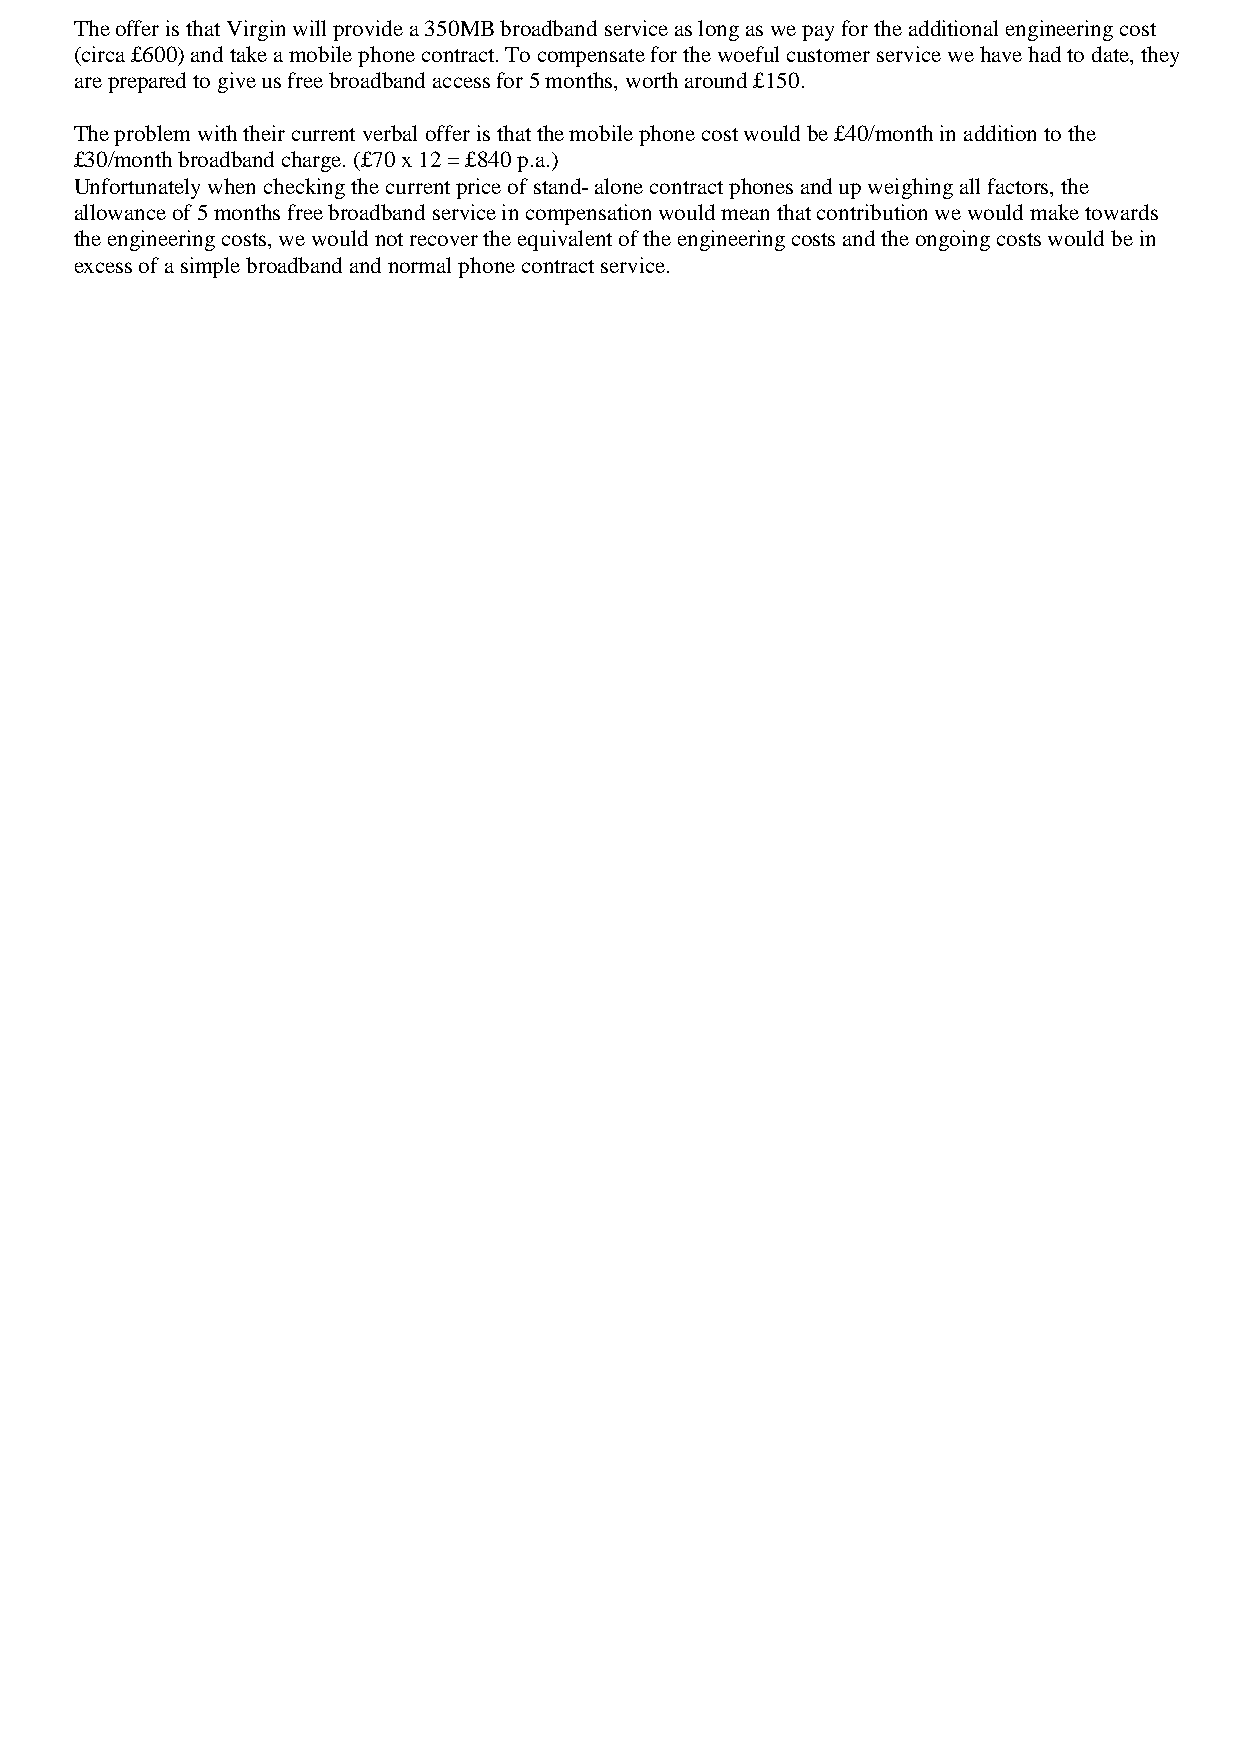
The offer is that Virgin will provide a 350MB broadband service as long as we pay for the additional engineering cost
 (circa £600) and take a mobile phone contract. To compensate for the woeful customer service we have had to date, they
 are prepared to give us free broadband access for 5 months, worth around £150.
 The problem with their current verbal offer is that the mobile phone cost would be £40/month in addition to the
 £30/month broadband charge. (£70 x 12 = £840 p.a.)
 Unfortunately when checking the current price of stand- alone contract phones and up weighing all factors, the
 allowance of 5 months free broadband service in compensation would mean that contribution we would make towards
 the engineering costs, we would not recover the equivalent of the engineering costs and the ongoing costs would be in
 excess of a simple broadband and normal phone contract service.